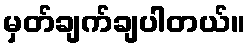
မှတ်ချက်ချပါတယ်။